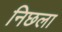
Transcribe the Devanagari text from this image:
निछला